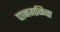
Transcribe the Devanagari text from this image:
पानगळिचा